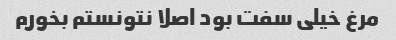
مرغ خیلی سفت بود اصلا نتونستم بخورم